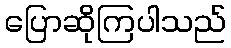
ပြောဆိုကြပါသည်